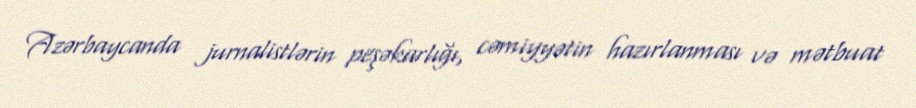
Azərbaycanda jurnalistlərin peşəkarlığı, cəmiyyətin hazırlanması və mətbuat